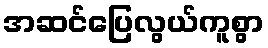
အဆင်ပြေလွယ်ကူစွာ